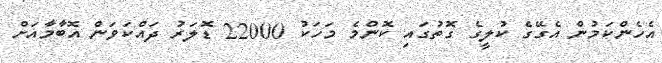
އެހެންކަމުން އެގޭގެ ކުލީގެ ގޮތުގައި ކޮންމެ މަހަކު 22000 ޑޮލަރު ދައްކަވަން އޮބާމާއަށް